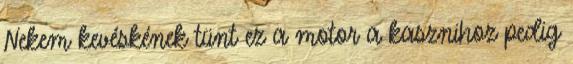
Nekem kevéskének tünt ez a motor a kasznihoz pedig